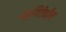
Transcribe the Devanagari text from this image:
ब्रह्मगिरीवरील